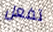
تفعل